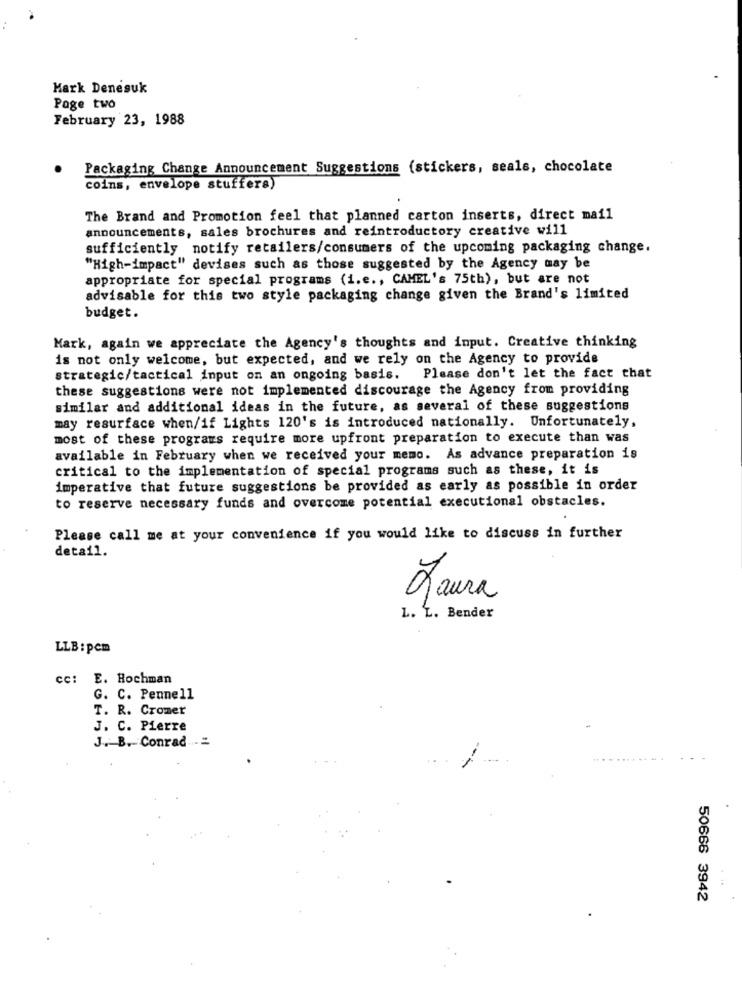
Mark Denesuk
Page two
February 23, 1988
Packaging Change Announcement Suggestions (stickers, seals, chocolate
coins, envelope stuffers)
The Brand and Promotion feel that planned carton inserts, direct mail
announcements, sales brochures and reintroductory creative will
sufficiently notify retailers/consumers of the upcoming packaging change.
"High-impact" devises such as those suggested by the Agency may be
appropriate for special programs (i.e ., CAMEL's 75th), but are not
advisable for this two style packaging change given the Brand's limited
budget.
Mark, again we appreciate the Agency's thoughts and input. Creative thinking
is not only welcome, but expected, and we rely on the Agency to provide
strategic/tactical input on an ongoing basis. Please don't let the fact that
these suggestions were not implemented discourage the Agency from providing
similar and additional ideas in the future, as several of these suggestions
may resurface when/if Lights 120's is introduced nationally. Unfortunately,
most of these programs require more upfront preparation to execute than was
available in February when we received your memo. As advance preparation is
critical to the implementation of special programs such as these, it is
imperative that future suggestions be provided as early as possible in order
to reserve necessary funds and overcome potential executional obstacles.
Please call me at your convenience if you would like to discuss in further
detail.
Laura
L. L. Bender
LLB : pcm
cc: E. Hochman
G. C. Pennell
T. R. Cromer
J. C. Pierre
J. B. Conrad -=
--
...
50666 3942